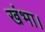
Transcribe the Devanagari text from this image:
खंभा।